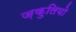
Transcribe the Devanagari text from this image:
ज़कुलियो